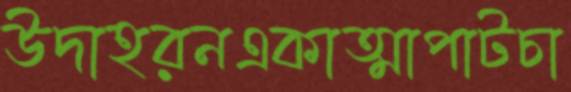
উদাহরনএকাত্মাপাটচা